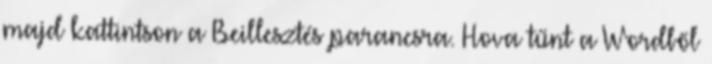
majd kattintson a Beillesztés parancsra. Hova tűnt a Wordből